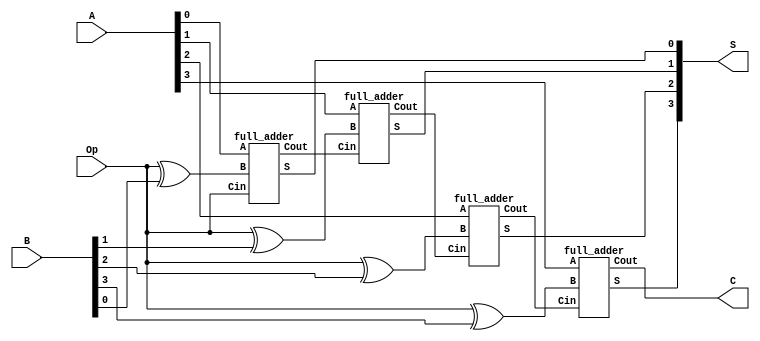
`timescale 1ns / 1ps

module ripple_carry_adder_subtractor(input [3:0] A, input [3:0] B, input Op, output [3:0] S, output C);

	// Write your ripple carry adder subtractor code here

	wire w0, w1, w2, w3, c1, c2, c3;

	xor G1(w0, Op, B[0]);	
	xor G2(w1, Op, B[1]);	
	xor G3(w2, Op, B[2]);	
	xor G4(w3, Op, B[3]);	
	full_adder F1(S[0], c1, A[0], w0, Op);
	full_adder F2(S[1], c2, A[1], w1, c1);
	full_adder F3(S[2], c3, A[2], w2, c2);
	full_adder F4(S[3], C, A[3], w3, c3);

endmodule

module full_adder(output S, output Cout, input A, input B, input Cin);

	// Write your full adder code here

	wire w1, w2, w3;

	xor G1(w1, A, B);
	xor G2(S, w1, Cin);
	and G3(w2, A, B);
	and G4(w3, w1, Cin);
	or G5(Cout, w2, w3);

endmodule

module rcas_test;

	reg [3:0] A;
	reg [3:0] B;
        reg Op;
	wire [3:0] S;
	wire C;

	// Instantiate the Unit Under Test (UUT)
	ripple_carry_adder_subtractor uut ( A, B, Op,S, C);

	initial begin
		$dumpfile("ripple_carry_adder_subtractor.vcd");
		$dumpvars(0, rcas_test);
		A=4'b0011 ;
		B=4'b0010 ;
		Op=0;
		#10 A=4'b1111; B=4'b1111; Op=0;
		#10 A=4'b1100; B=4'b0100; Op=1;
		#10 A=4'b0011; B=4'b1010; Op=1;
		#10 A=4'b0100; B=4'b1100; Op=0;
		#10 $finish;
	end
endmodule